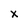
Character: x